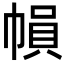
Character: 𢄙